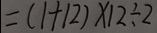
= ( 1 + 1 2 ) \times 1 2 \div 2